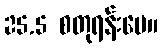
25.5 စတုရန်းပေ။